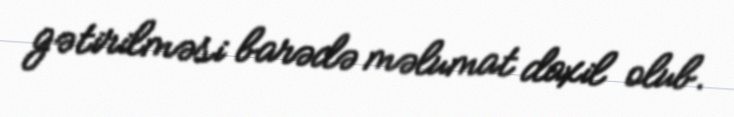
gətirilməsi barədə məlumat daxil olub.